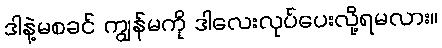
ဒါနဲ့မစခင် ကျွန်မကို ဒါလေးလုပ်ပေးလို့ရမလား။